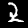
Digit: 2